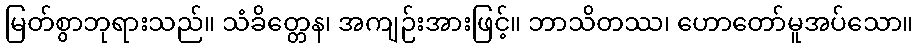
မြတ်စွာဘုရားသည်။ သံခိတ္တေန၊ အကျဉ်းအားဖြင့်။ ဘာသိတဿ၊ ဟောတော်မူအပ်သော။